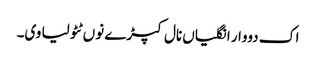
اک دووار انگلیاں نال کپڑے نوں ٹٹولیا وی۔